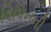
વિપિનની